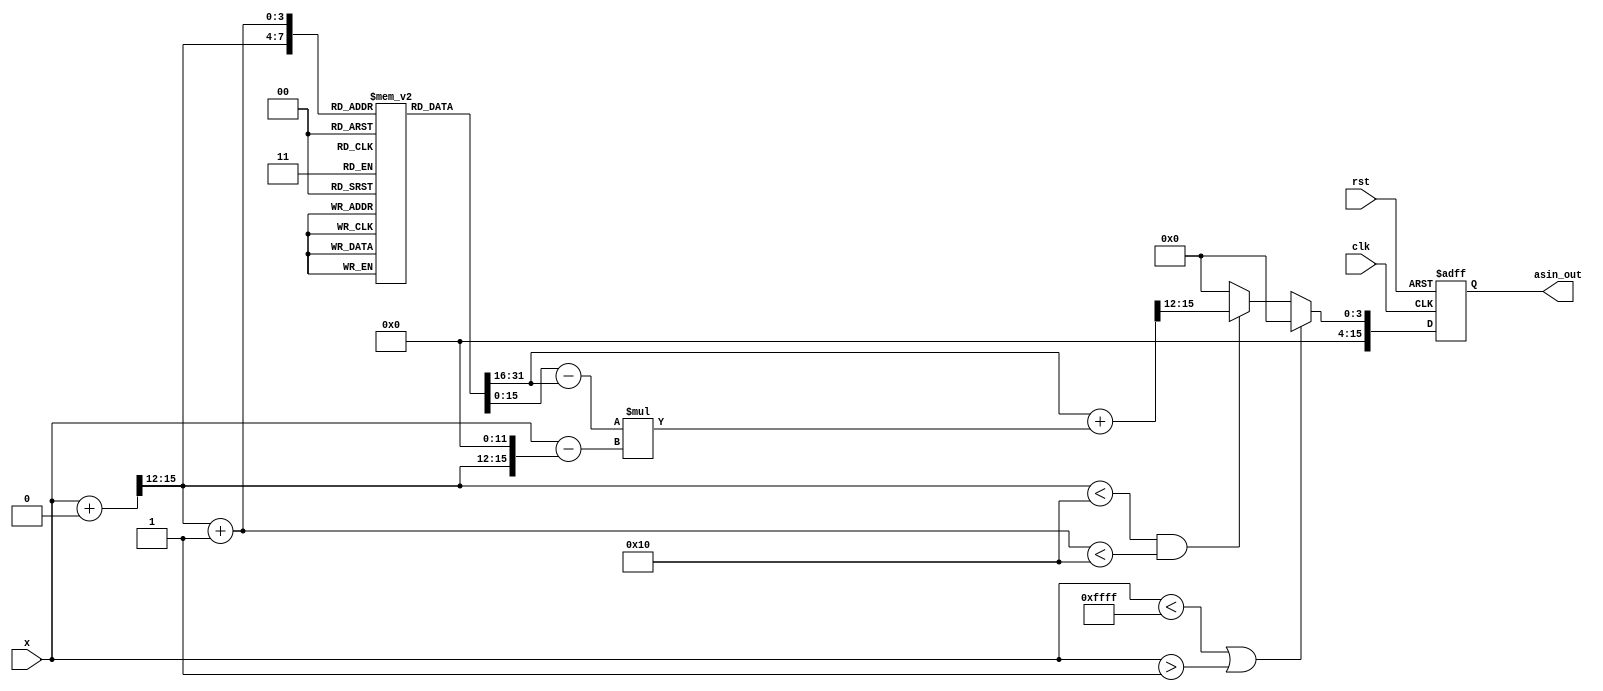
module arc_sine (
    input wire signed [15:0] x,      // Input: fixed-point representation of sine value in range [-1, 1]
    output reg signed [15:0] asin_out, // Output: fixed-point representation of the angle in radians
    input wire clk,                   // Clock signal
    input wire rst                    // Reset signal
);

    // Parameters
    localparam LUT_SIZE = 16;         // Size of the Lookup Table
    localparam INDEX_WIDTH = 4;       // Width of the index for the LUT (2^4 = 16 entries)
    localparam FIXED_POINT_FRACTION = 15; // Number of bits for the fractional part of fixed-point representation

    // LUT for pre-computed asin values (in fixed-point format)
    reg signed [15:0] lut [0:LUT_SIZE-1];

    // Initialize the LUT with pre-computed values
    initial begin
        lut[0] = 16'h0000; // asin(0) = 0
        lut[1] = 16'h1C73; // approx asin(0.1)
        lut[2] = 16'h3224; // approx asin(0.2)
        lut[3] = 16'h4E20; // approx asin(0.3)
        lut[4] = 16'h5B8A; // approx asin(0.4)
        lut[5] = 16'h682B; // approx asin(0.5)
        lut[6] = 16'h76A4; // approx asin(0.6)
        lut[7] = 16'h7D3B; // approx asin(0.7)
        lut[8] = 16'h83FF; // approx asin(0.8)
        lut[9] = 16'h8A52; // approx asin(0.9)
        lut[10] = 16'h90C1; // approx asin(0.95)
        lut[11] = 16'h961A; // approx asin(0.98)
        lut[12] = 16'h9735; // approx asin(0.99)
        lut[13] = 16'h97E9; // approx asin(0.999)
        lut[14] = 16'hFFFF; // asin(1) = pi/2 (approx)
        lut[15] = 16'h8000; // asin(-1) = -pi/2 (approx)
    end

    // Internal variables
    reg signed [15:0] lower_bound, upper_bound;
    reg [INDEX_WIDTH-1:0] lower_index, upper_index;
    reg [15:0] delta;

    always @(posedge clk or posedge rst) begin
        if (rst) begin
            asin_out <= 16'h0000; // Reset output
        end else begin
            if (x < -16'h0001 || x > 16'h0001) begin
                asin_out <= 16'h0000; // Handle invalid input
            end else begin
                // Scale x to LUT index range
                lower_index = (x + 16'h0000) >> 12; // Scale to [0, LUT_SIZE-1]
                upper_index = lower_index + 1;

                // Bounds check
                if (lower_index < LUT_SIZE && upper_index < LUT_SIZE) begin
                    lower_bound = lut[lower_index];
                    upper_bound = lut[upper_index];

                    // Interpolation
                    delta = (x - (lower_index << 12)); // Find the fractional part for interpolation
                    asin_out <= lower_bound + ((upper_bound - lower_bound) * delta) >> 12; // Linear interpolation
                end else begin
                    asin_out <= 16'h0000; // Default output for unexpected cases
                end
            end
        end
    end

endmodule